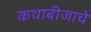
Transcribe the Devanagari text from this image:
कथाबीजाचे